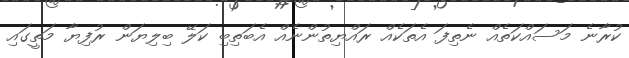
ކުރާނެ މަސައްކަތެއް ނެތިފަ އެތަކެއް ރައްޔިތުންނެއް އެބަތިބި ކަލޭ ބިލިޔަން ރުފިޔާ މަތީގައި